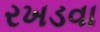
રખડવા